Civil Veterinary Department. Madras. Admin. report 1910-25 - 1910-1925
Year: 1910
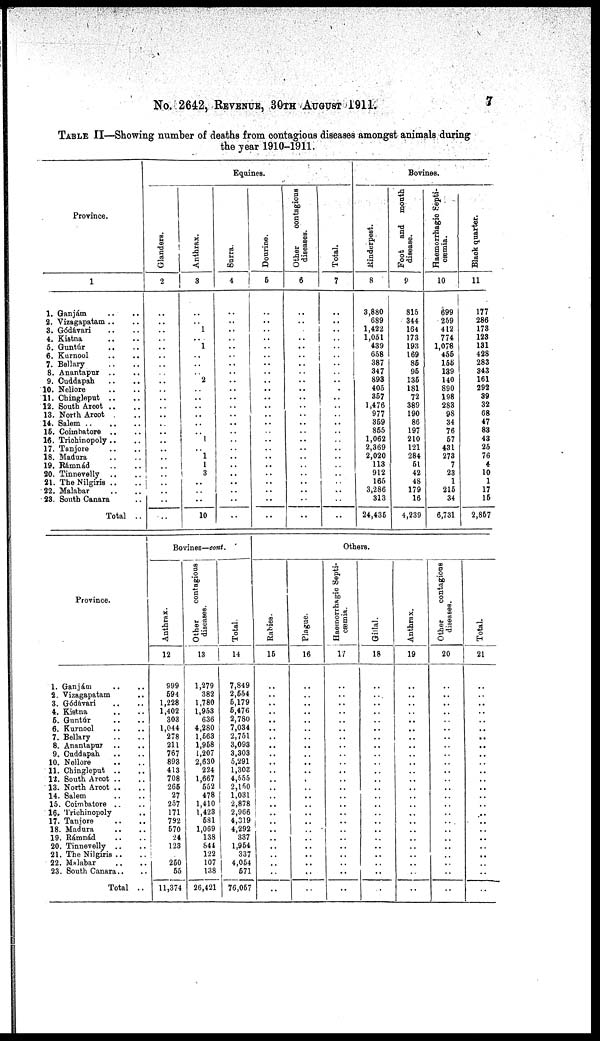
No. 2642, REVENUE, 30TH AUGUST 1911.
7
TABLE II—Showing number of deaths from contagious diseases amongst animals during
the year 1910-1911.
Province.
1
1. Ganjám .. ..
3. Vizagapatam ..
3. Gódávari .. ..
4. Kistna .. ..
6. Guntúr .. ..
6. Kurnool .. ..
7. Bellary .. ..
8. Anantapur .. ..
9. Cuddapah .. ..
10. Nellore .. ..
11. Chingleput .. ..
12. South Arcot .. ..
18. North Arcot .. ..
14.
Salem .. .. ..
15. Coimbatore .. ..
18. Trichinopoly .. ..
17. Tanjore .. ..
18. Madura .. ..
19. Rámnád .. ..
20. Tinnevelly .. ..
21. The Nilgiris .. ..
32. Malabar .. ..
23. South Canara ..
Total ..
Equines.
Glanders.
2
..
..
..
..
..
..
..
..
..
..
..
..
..
..
..
..
..
..
..
..
..
..
..
..
Anthrax.
8
..
..
1
..
1
..
..
..
2
..
..
..
..
..
..
1
..
1
1
3
..
..
..
10
Surra.
4
..
..
..
..
..
..
..
..
..
..
..
..
..
..
..
..
..
..
..
..
..
..
..
..
Dourine.
6
..
..
..
..
..
..
..
..
..
..
..
..
..
..
..
..
..
..
..
..
..
..
..
..
Other
contagious
diseases.
6
..
..
..
..
..
..
..
..
..
..
..
..
..
..
..
..
..
..
..
..
..
..
..
..
Total.
7
..
..
..
..
..
..
..
..
..
..
..
..
..
..
..
..
..
..
..
..
..
..
..
..
Bovines.
Rinderpest.
8
3,880
689
1,422
1,061
489
668
387
347
898
405
867
1,476
977
869
866
1,062
2,369
2,020
118
912
166
3,286
313
24,436
Foot and mouth
disease.
9
816
344
164
173
19a
169
86
96
136
181
72
389
190
86
197
210
121
284
51
42
48
179
16
4,239
Haemorrhagic Septi-
cæmia.
10
699
269
412
774
1,078
466
166
189
140
890
198
288
98
34
76
67
431
273
7
28
1
216
34
6,731
Black quarter.
11
177
286
178
123
181
428
283
843
161
292
89
32
68
47
88
43
26
76
4
10
1
17
16
2,867
Province.
1. Ganjám .. ..
2. Vizagapatam ..
3. Gódávari .. ..
4. Kistna .. ..
6. Guntúr .. ..
6. Kurnool .. ..
7. Bellary .. ..
8. Anantapur .. ..
9. Cuddapah .. ..
10. Nellore .. ..
11. Chingleput .. ..
12. South Arcot .. ..
13. North Arcot .. ..
14. Salem .. ..
15. Coimbatore .. ..
16. Trichinopoly ..
17. Tanjore .. ..
18. Madura .. ..
19. Rámnád .. ..
20. Tinnevelly .. ..
21. The Nilgiris .. ..
22. Malabar .. ..
23. South Canara .. ..
Total ..
Bovines—cont.
Anthrax.
12
999
694
1,228
1,402
308
1,044
278
211
767
898
413
708
I
266
27
257
171
792
670
24
123
260
66
11,374
Other
contagious
diseases.
13
1,279
382
1,780
1,953
636
4,280
1,563
1,968
1,207
2,630
224
1,667
662
478
1,410
1,423
581
1,069
138
844
122
107
138
26,421
Total.
14
7,849
2,554
6,179
6,476
2,780
7,034
2,751
3,093
3,303
5,291
1,308
4,465
2,160
1,031
2,878
2,966
4,319
4,292
387
1,964
337
4,064
671
76,067
Others.
Rabies-
15
..
..
..
..
..
..
..
..
..
..
..
..
..
..
..
..
..
..
..
..
..
..
..
..
Plague.
16
..
..
..
..
..
..
..
..
..
..
..
..
..
..
..
..
..
..
..
..
..
..
..
..
Haemorrhagic Septi-
caemia.
17
..
..
..
..
..
..
..
..
..
..
..
..
..
..
..
..
..
..
..
..
..
..
..
..
Gillal.
18
..
..
..
..
..
..
..
..
..
..
..
..
..
..
..
..
..
..
..
..
..
..
..
..
Anthrax.
19
..
..
..
..
..
..
..
..
..
..
..
..
..
..
.. ..
..
..
..
..
..
..
..
..
..
Other contagious
di s eas es .
20
..
..
..
..
..
..
..
..
..
..
..
..
..
..
..
..
..
..
..
..
..
..
..
Total.
21
..
..
..
..
..
..
..
..
..
..
..
..
..
..
..
..
..
..
..
..
..
..
..
..